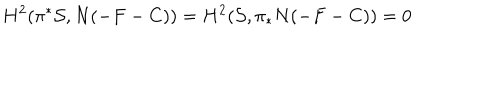
LaTeX: H ^ { 2 } ( \pi ^ { * } { \cal S } , N ( - F - C ) ) = H ^ { 2 } ( { \cal S } , \pi _ { * } N ( - F - C ) ) = 0